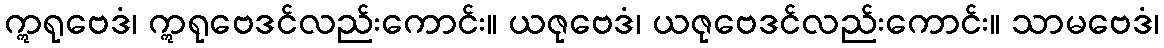
ဣရုဗေဒံ၊ ဣရုဗေဒင်လည်းကောင်း။ ယဇုဗေဒံ၊ ယဇုဗေဒင်လည်းကောင်း။ သာမဗေဒံ၊